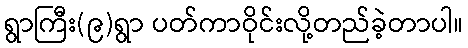
ရွာကြီး(၉)ရွာ ပတ်ကာဝိုင်းလို့တည်ခဲ့တာပါ။